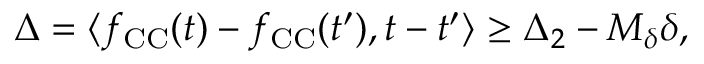
\begin{array} { r } { \Delta = \langle f _ { \mathrm { C C } } ( t ) - f _ { \mathrm { C C } } ( t ^ { \prime } ) , t - t ^ { \prime } \rangle \geq \Delta _ { 2 } - M _ { \delta } \delta , } \end{array}